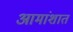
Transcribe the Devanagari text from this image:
आमांशात